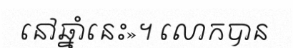
នៅឆ្នាំនេះ»។ លោកបាន